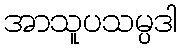
အာသူပသမ္ပဒါ